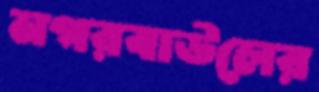
নগরবাউলের